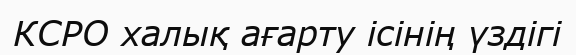
КСРО халық ағарту ісінің үздігі